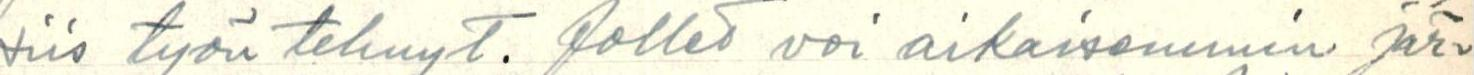
siis työn tehnyt. Jollei voi aikaisemmin jär-